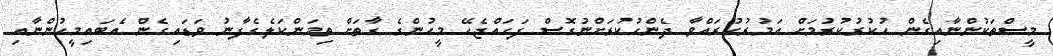
މީސްތަކުންނާއިގެން ހުކުރުކުރުމަށް އަމުރުކުރައްވާ ދެންހުކުރަށްނުގޮސް ފަހައްޖެހޭ މީހުންގެ ގާތަށް ތިމަންކަލެގެފާނު ވަޑައިގެން އެބައިމީހުންނާއި